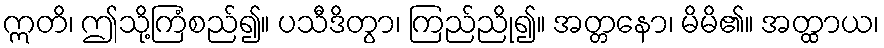
ဣတိ၊ ဤသို့ကြံစည်၍။ ပသီဒိတွာ၊ ကြည်ညို၍။ အတ္တနော၊ မိမိ၏။ အတ္ထာယ၊